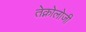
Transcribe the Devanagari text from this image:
तेक्नोलोजी